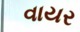
વાયર